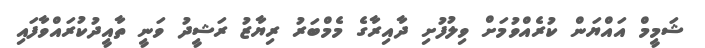
ޝަމީމް އައްޔަން ކުރެއްވުމަށް ވިލުފުށި ދާއިރާގެ މެމްބަރު ރިޔާޒު ރަޝީދު ވަނީ ތާއީދުކުރައްވާފައި